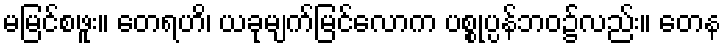
မမြင်စဖူး။ တေရဟိ၊ ယခုမျက်မြင်လောက ပစ္စုပ္ပန်ဘဝ၌လည်း။ တေန